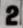
2